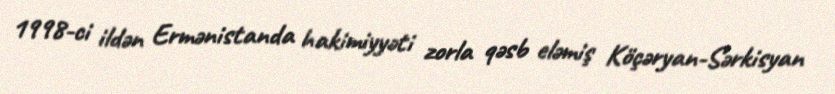
1998-ci ildən Ermənistanda hakimiyyəti zorla qəsb eləmiş Köçəryan-Sərkisyan